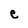
Character: e